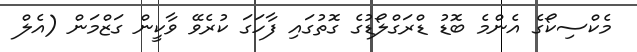
މެކްސިކޯގެ އެންމެ ބޮޑު ޑްރަގްލޯޑުގެ ގޮތުގައި ފާހަގަ ކުރެވޭ ވާކީން ގަޒްމަން (އެލް